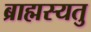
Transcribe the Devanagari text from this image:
ब्राह्मस्यतु